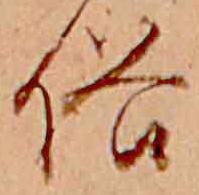
俗